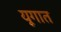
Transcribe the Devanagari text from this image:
यूगात